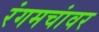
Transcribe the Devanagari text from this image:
रंगमचांवर